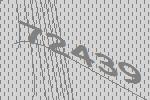
72439